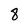
Character: 8